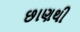
છાણથી